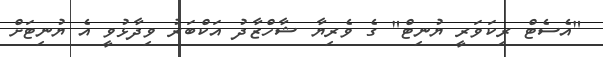
"އެސެޓް ރިކަވަރީ ޔުނިޓް" ގެ ވެރިޔާ ޝާހްޒާދު އަކްބަރު ވިދާޅުވީ އެ ޔުނިޓަށް